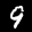
Label: 9